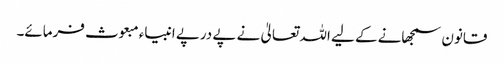
قانون سمجھانے کے لیے اللہ تعالیٰ نے پے درپے انبیاء مبعوث فرمائے۔